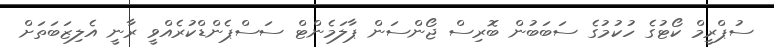
ސުޕްރީމް ކޯޓުގެ ހުކުމުގެ ސަބަބުން ބޮރިސް ޖޯންސަން ޕާލަމެންޓް ސަސްޕެންޑްކުރެއްވީ ރާނީ އެލިޒަބަތަށް